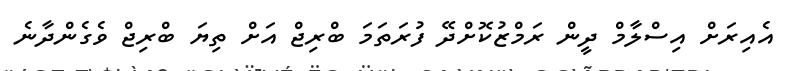
އެއިރަށް އިސްލާމް ދީން ރަމްޒުކޮށްދޭ ފުރަތަމަ ބްރިޖް އަށް ތިޔަ ބްރިޖް ވެގެންދާނެ